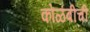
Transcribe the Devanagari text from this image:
कोळंबीची